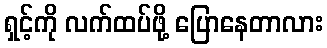
ရှင့်ကို လက်ထပ်ဖို့ ပြောနေတာလား